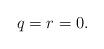
LaTeX: \begin{align*} q=r=0.\end{align*}